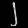
Digit: ၂